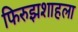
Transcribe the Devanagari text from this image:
फिरुझशाहला